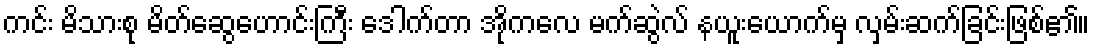
ကင်း မိသားစု မိတ်ဆွေဟောင်းကြီး ဒေါက်တာ အိုကလေ မက်ဆွဲလ် နယူးယောက်မှ လှမ်းဆက်ခြင်းဖြစ်၏။